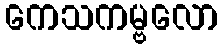
ကေသကမ္ဗလော